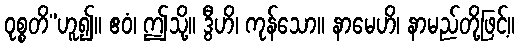
ဝုစ္စတိ”ဟူ၍။ ဧဝံ၊ ဤသို့။ ဒွီဟိ၊ ကုန်သော။ နာမေဟိ၊ နာမည်တို့ဖြင့်။